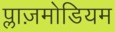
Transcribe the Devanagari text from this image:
प्लाज़मोडियम